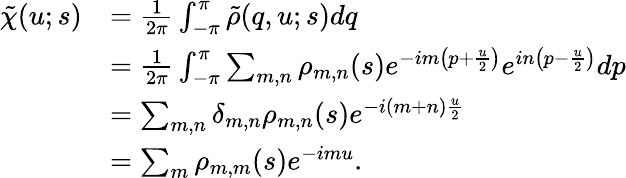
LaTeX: \begin{array}{rl}{\tilde{\chi}(u;s)}&{=\frac{1}{2\pi}\int_{-\pi}^{\pi}\tilde{\rho}(q,u;s)dq}\\ &{=\frac{1}{2\pi}\int_{-\pi}^{\pi}\sum_{m,n}\rho_{m,n}(s)e^{-im\left(p+\frac{u}{2}\right)}e^{in\left(p-\frac{u}{2}\right)}dp}\\ &{=\sum_{m,n}\delta_{m,n}\rho_{m,n}(s)e^{-i(m+n)\frac{u}{2}}}\\ &{=\sum_{m}\rho_{m,m}(s)e^{-imu}.}\end{array}